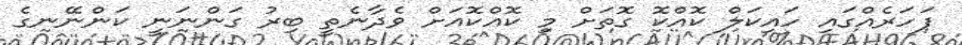
ފަހަރެއްގައި ހައިކަލް ކޮއްކޮ ގޮތަށް މި ކޮއްކޮއަށް ވެދާނެތީ ބިރު ގަންނަނީ ކަންނޭނގެ